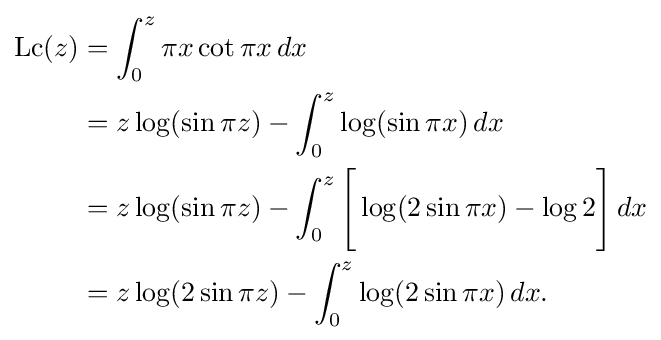
{\begin{aligned}\operatorname {Lc} (z)&=\int _{0}^{z}\pi x\cot \pi x\,dx\\&=z\log(\sin \pi z)-\int _{0}^{z}\log(\sin \pi x)\,dx\\&=z\log(\sin \pi z)-\int _{0}^{z}{\Bigg [}\log(2\sin \pi x)-\log 2{\Bigg ]}\,dx\\&=z\log(2\sin \pi z)-\int _{0}^{z}\log(2\sin \pi x)\,dx.\end{aligned}}